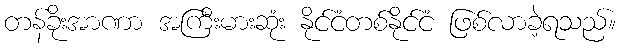
တန်ခိုးအာဏာ အကြီးမားဆုံး နိုင်ငံတစ်နိုင်ငံ ဖြစ်လာခဲ့ရသည်။